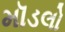
મૉડલો